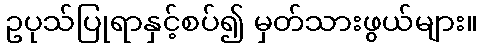
ဥပုသ်ပြုရာနှင့်စပ်၍ မှတ်သားဖွယ်များ။